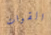
القوات